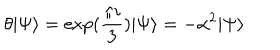
LaTeX: \theta \vert \Psi \rangle = \exp ( \frac { \pi i } { 3 } ) \vert \Psi \rangle = - \alpha ^ { 2 } \vert \Psi \rangle